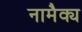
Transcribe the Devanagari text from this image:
नामैक्य